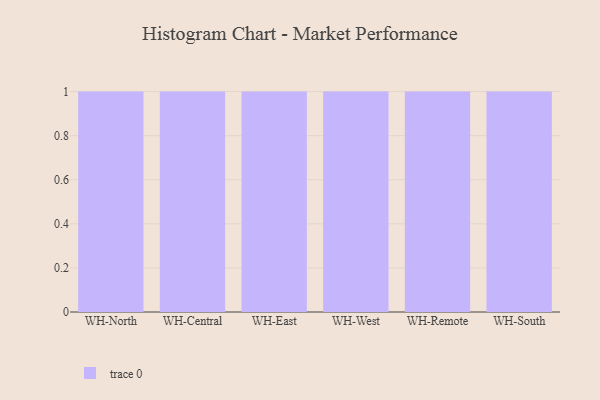
{"axis": {"x": "Warehouse", "y": "Bounce Rate (%)"}, "legend": [""], "data": [{"x": "WH-North", "y": 98, "type": ""}, {"x": "WH-Central", "y": 46, "type": ""}, {"x": "WH-East", "y": 61, "type": ""}, {"x": "WH-West", "y": 3, "type": ""}, {"x": "WH-Remote", "y": 38, "type": ""}, {"x": "WH-South", "y": 40, "type": ""}]}